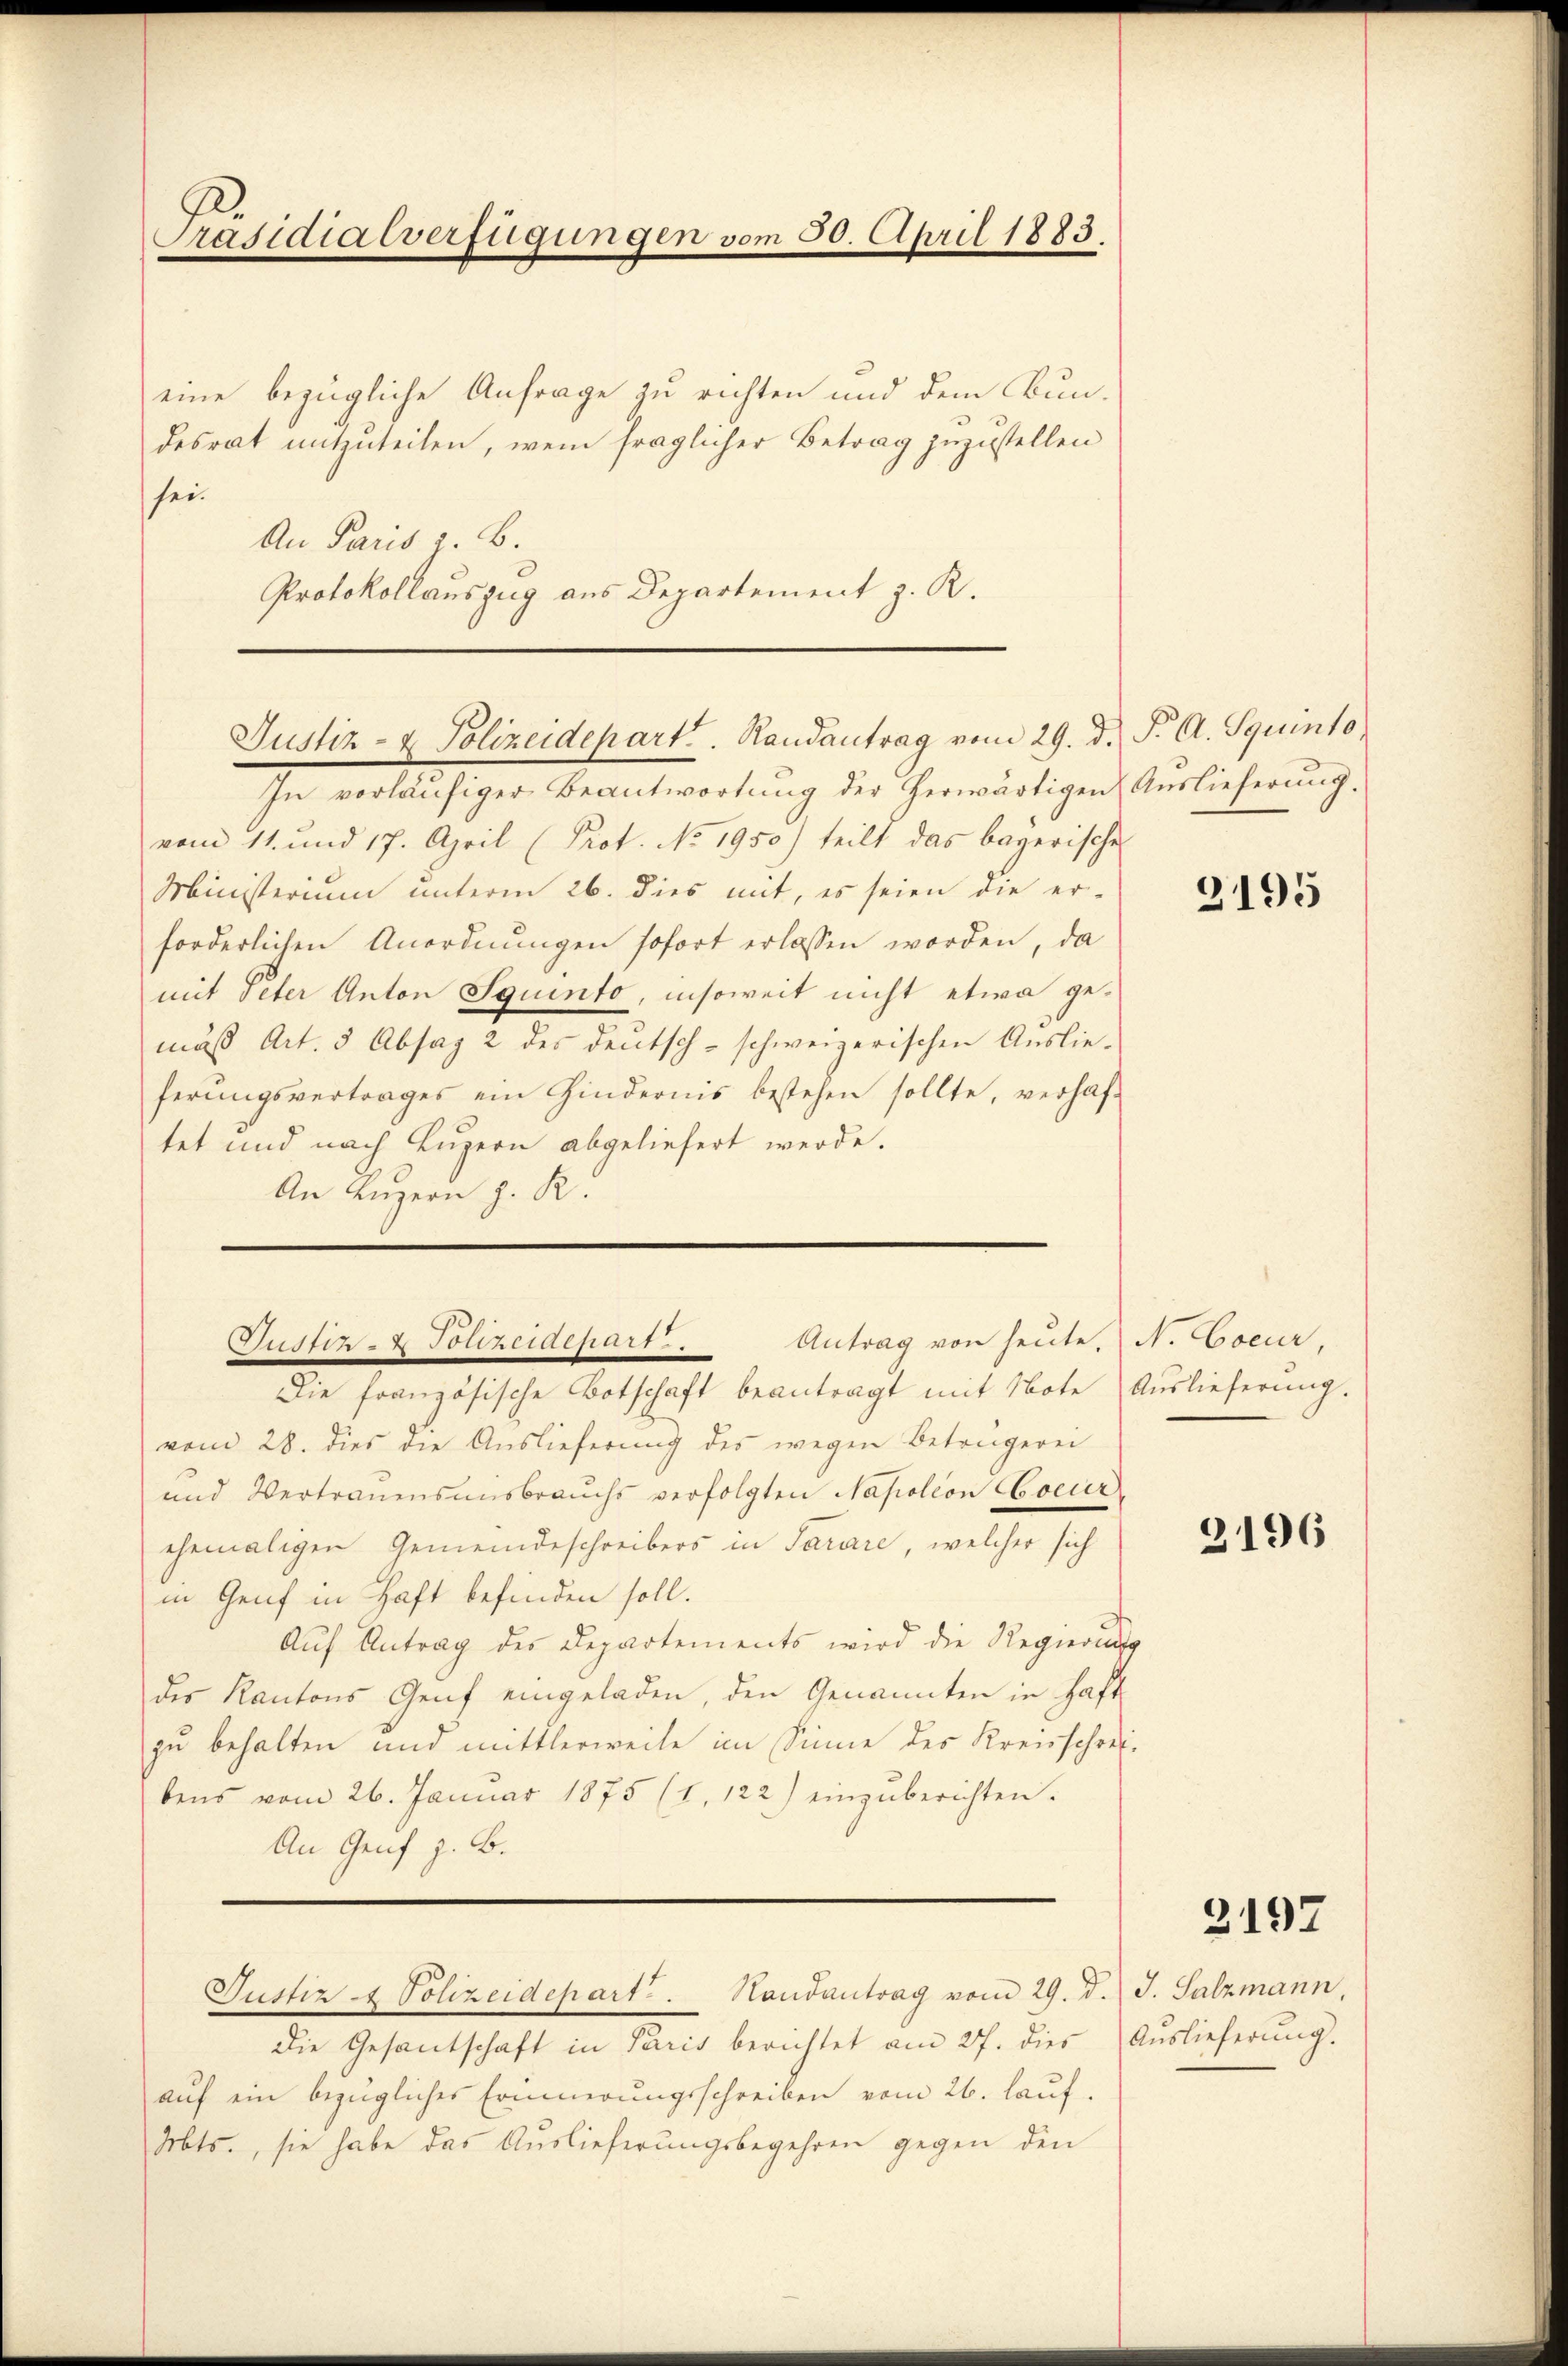
Präsidialverfügungen vom 30. April 1883.

eine bezügliche Anfrage zu richten und dem Bun-
desrat mitzuteilen, wem fraglicher Betrag zuzustellen
sei.
An Paris i. B.
Protokollauszug aus Departement z. R.

In vorläŭfiger Beantwortŭng der herwärtigen Aŭslieferŭng.
vom 11. und 17. April (Prot. No 1950) teilt das bayerisch
Ministerium unterm 26. dies mit, es seien die er-
forderlichen Anordnungen sofort erlassen worden, da
mit Peter Anton Squinto, insoweit nicht etwa gemus Art. 5 Absag 2 des Deutsch-schweizerischen Auslieferungsvertrages ein Hindernis bestehen sollte, verhaftet und nach Luzern abgeliefert werde.
An Luzern z. R.
vom 28. dies die Auslieferung des wegen Betrügerei
und Vertrauensausbrauchs verfolgten Napoleon Coeur
ehemaligen Gemeindeschreibers in Sarare, welcher sich
in Genf in Haft befinden soll.
Auf Antrag des Departements wird die Regierun
des Kantons Genf eingeladen, den Genannten in Haft
zu behalten und mittlerweile im Sinne des Kreisschri
bens vom 26. Januar 1875 (1. 122) einzŭberichten.
An Genf z. B.
Justiz & Polizeidepart. Handantrag vom 29. d.
Die Gesantschaft in Paris berichtet am 27. dies
auf ein bezügliches Erinnerungsschreiben vom 26. lauf.
Mts., sie habe das Auslieferungsbegehren gegen den

Justiz- & Polizeidepart. Randantrag vom 29. d. J. A. Squinto

Antrag von heute. (N. Coeur,
5 2 ci1111417
Die französische Botschaft beantragt mit Note Aŭslieferŭng.

e

3195

s
¬
f

3196

3192

J. Salzmann,
Aŭslieferung.